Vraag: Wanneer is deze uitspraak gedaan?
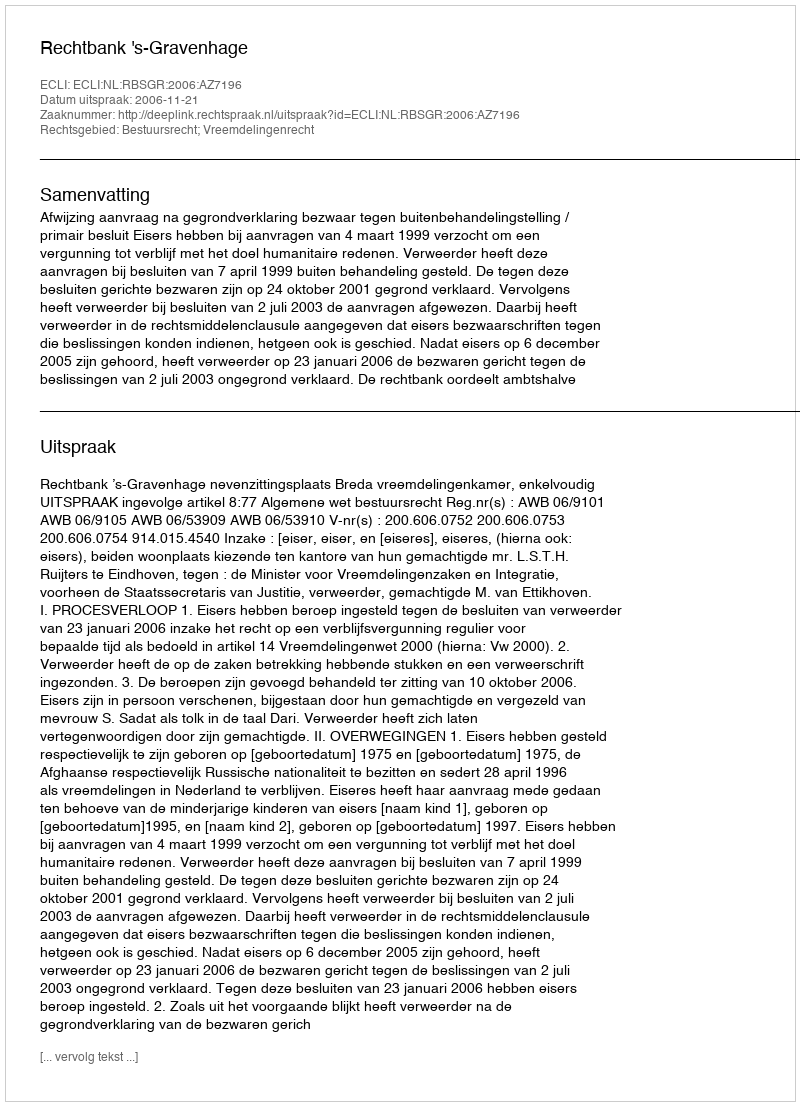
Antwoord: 2006-11-21